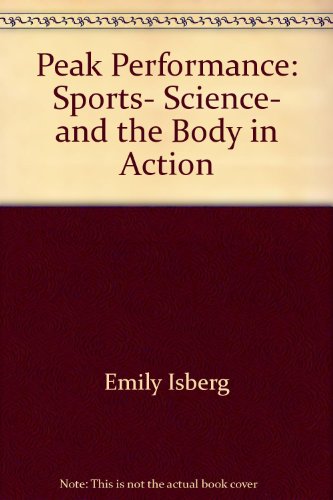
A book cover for Peak performance: Sports, science, and the body in action (Novabook); Emily Isberg; Sports & Outdoors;